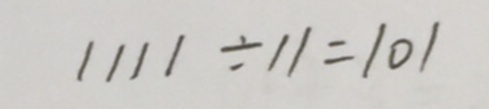
1 1 1 1 \div 1 1 = 1 0 1